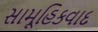
સામૂહિકવાદ